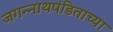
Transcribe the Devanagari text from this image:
जगन्‍नाथपंडिताच्या